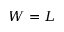
W = L